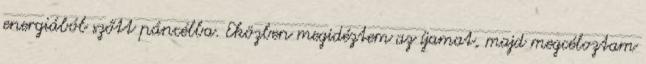
energiából szőtt páncélba. Eközben megidéztem az íjamat, majd megcéloztam